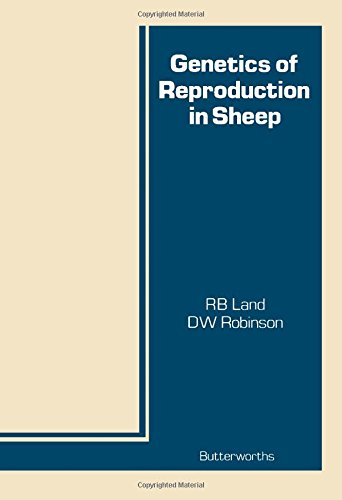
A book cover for Genetics of Reproduction in Sheep; R. B. Land; Medical Books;